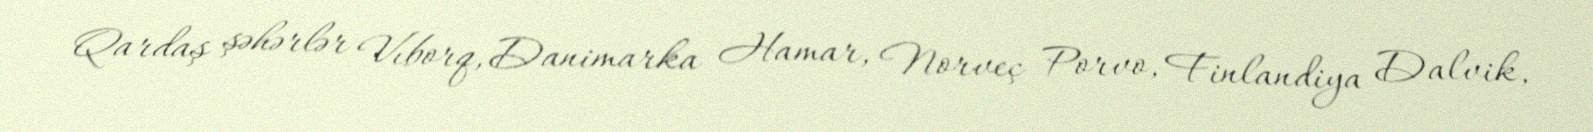
Qardaş şəhərlər Vıborq, Danimarka Hamar, Norveç Porvo, Finlandiya Dalvik,